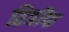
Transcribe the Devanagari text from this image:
हित्रॉफ